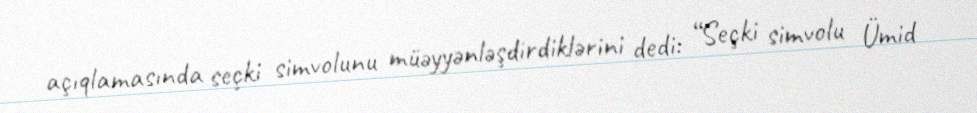
açıqlamasında seçki simvolunu müəyyənləşdirdiklərini dedi: “Seçki simvolu Ümid